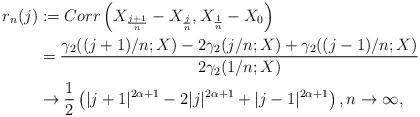
LaTeX: \begin{align*}r_n(j) &:= Corr\left( X_{\frac{j+1}{n} } - X_{\frac{j}{n}},X_{\frac{1}{n} } - X_{0} \right) \\&= \frac{\gamma_2((j+1)/n;X) -2 \gamma_2(j/n;X) + \gamma_2((j-1)/n;X)}{2\gamma_2(1/n;X)} \\&\rightarrow \frac{1}{2} \left( |j+1|^{2\alpha+1} -2 |j|^{2\alpha+1} +|j-1|^{2\alpha+1} \right), n\rightarrow \infty, \end{align*}